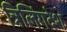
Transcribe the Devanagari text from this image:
त्रिलिंगदेश